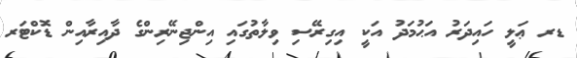
ޑރ ޢަލީ ހައިދަރު އަޙުމަދު އަކީ އިގިރޭސި ވިލާތުގައި އިންޖިނޭރިންގެ ދާއިރާއިން ޑޮކްޓަރ